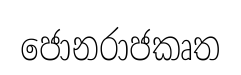
ජොනරාජකෘත